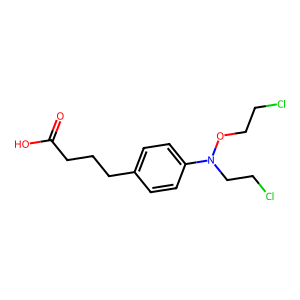
SMILES: O=C(O)CCCc1ccc(N(CCCl)OCCCl)cc1
Inhibits HIV replication: No